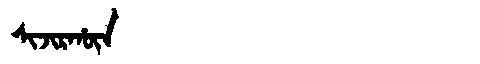
Manchu: ᠰᡳᠵᡳᡵᡥᡡᠨ
Romanization: SIJIRHŪN